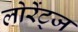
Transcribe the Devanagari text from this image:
लोरेंट्ज